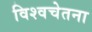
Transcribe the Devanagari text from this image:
विश्वचेतना